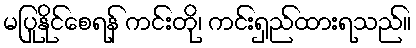
မပြုနိုင်စေရန် ကင်းတို၊ ကင်းရှည်ထားရသည်။